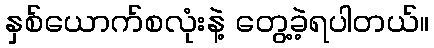
နှစ်ယောက်စလုံးနဲ့ တွေ့ခဲ့ရပါတယ်။